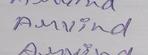
Signature authenticity: genuine